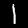
Label: 1